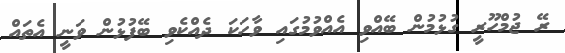
ރޭ ޖުމްހޫރީ ގުޅުމުން ބޭއްވި އެއްވުމުގައި ވާހަކަ ދެއްކެވި ބޭފުޅުން ވަނީ އެތައް